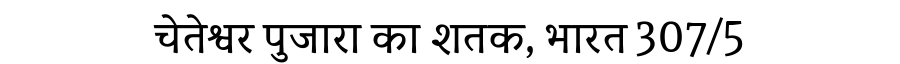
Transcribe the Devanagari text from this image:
चेतेश्वर पुजारा का शतक, भारत 307/5